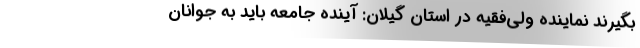
بگیرند نماینده ولی‌فقیه در استان گیلان: آینده جامعه باید به جوانان